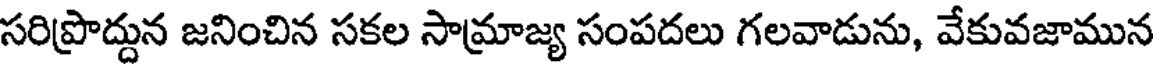
సరిప్రొద్దున జనించిన సకల సామ్రాజ్య సంపదలు గలవాడును, వేకువజామున